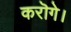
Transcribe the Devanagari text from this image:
करॊगे।